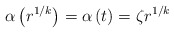
\begin{align*}\alpha\left(r^{1/k} \right) = \alpha\left( t \right) =\zeta r^{1/k}\end{align*}